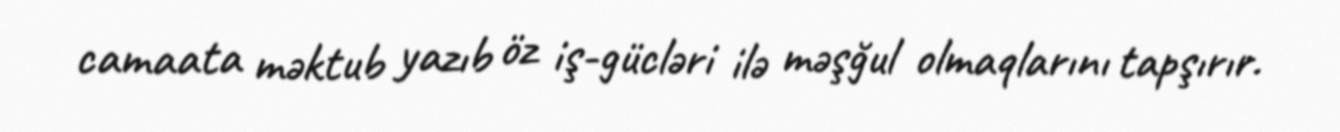
camaata məktub yazıb öz iş-gücləri ilə məşğul olmaqlarını tapşırır.